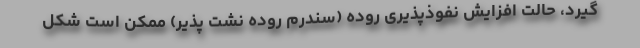
گیرد، حالت افزایش نفوذپذیری روده (سندرم روده نشت پذیر) ممکن است شکل